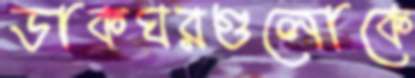
ডাকঘরগুলোকে